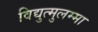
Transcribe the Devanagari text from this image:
विद्युत्मुलम्मा